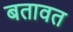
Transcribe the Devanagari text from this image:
बतावत